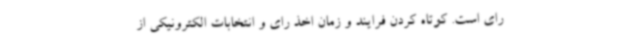
رای است. کوتاه کردن فرایند و زمان اخذ رای و انتخابات الکترونیکی از